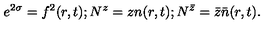
e ^ { 2 \sigma } = f ^ { 2 } ( r , t ) ; N ^ { z } = z n ( r , t ) ; N ^ { \bar { z } } = \bar { z } \bar { n } ( r , t ) .